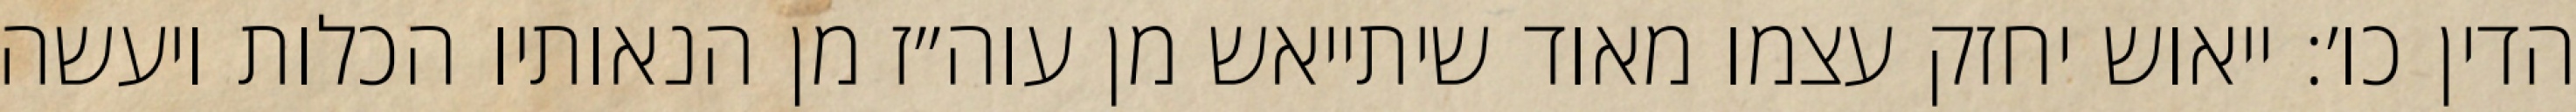
הדין כו׳: ייאוש יחזק עצמו מאוד שיתייאש מן עוה״ז מן הנאותיו הכלות ויעשה